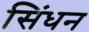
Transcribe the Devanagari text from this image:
सिंधन